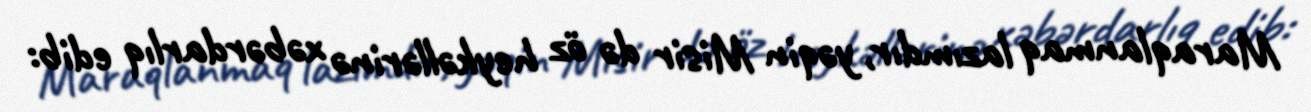
Maraqlanmaq lazımdır, yəqin Misir də öz heykəllərinə xəbərdarlıq edib: